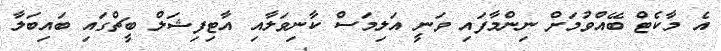
އެ މާކެޓް ބޭއްވުމަށް ނިންމާފައި ވަނީ އަލިމަސް ކާނިވަލާއި އާޓިފިޝަލް ބީޗްގައި ބައިބަލާ